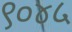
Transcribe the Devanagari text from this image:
९०४५